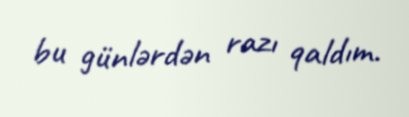
bu günlərdən razı qaldım.